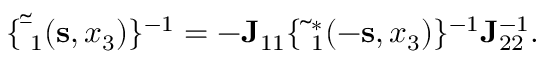
\begin{array} { r } { \{ { \tilde { \bar { \bf \Delta } } } _ { 1 } ( { \bf s } , x _ { 3 } ) \} ^ { - 1 } = - { \bf J } _ { 1 1 } \{ { \tilde { { \bf \Delta } } } _ { 1 } ^ { * } ( - { \bf s } , x _ { 3 } ) \} ^ { - 1 } { \bf J } _ { 2 2 } ^ { - 1 } . } \end{array}